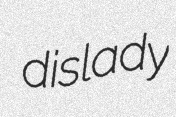
dislady